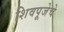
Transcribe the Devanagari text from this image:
शिवपूजेचे